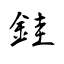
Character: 銈